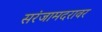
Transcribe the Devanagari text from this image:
सरंजामदरावर